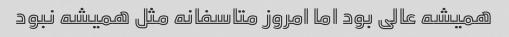
همیشه عالی بود اما امروز متاسفانه مثل همیشه نبود